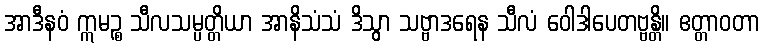
အာဒီနဝံ ဣမဉ္စ သီလသမ္ပတ္တိယာ အာနိသံသံ ဒိသွာ သဗ္ဗာဒရေန သီလံ ဝေါဒါပေတဗ္ဗန္တိ။ ဧတ္တာဝတာ